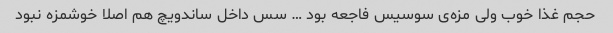
حجم غذا خوب ولی مزه‌ی سوسیس فاجعه بود … سس داخل ساندویچ هم اصلا خوشمزه نبود